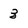
Character: 3